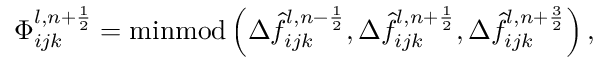
\Phi _ { i j k } ^ { l , n + \frac { 1 } { 2 } } = \mathrm { m i n m o d } \left( \Delta \hat { f } _ { i j k } ^ { l , n - \frac { 1 } { 2 } } , \Delta \hat { f } _ { i j k } ^ { l , n + \frac { 1 } { 2 } } , \Delta \hat { f } _ { i j k } ^ { l , n + \frac { 3 } { 2 } } \right) ,